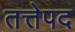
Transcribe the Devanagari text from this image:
तत्तेपद